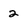
Character: 2